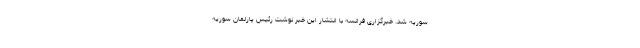
سوریه شد. خبرگزاری فرانسه با انتشار این خبر نوشت رئیس پارلمان سوریه